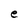
Character: e